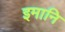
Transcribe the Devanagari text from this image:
इमानि